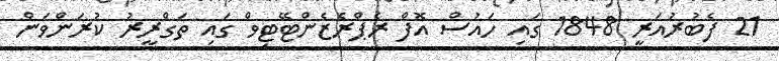
21 ފެބުރުއަރީ 1848 ގައި ހައުސް އޮފް ރެޕްރެޒެންޓޭޓިވް ގައި ތަގްރީރު ކުރަންވަން